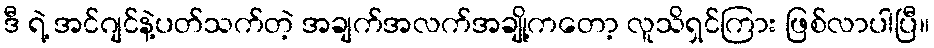
ဒီ ရဲ့ အင်ဂျင်နဲ့ပတ်သက်တဲ့ အချက်အလက်အချို့ကတော့ လူသိရှင်ကြား ဖြစ်လာပါပြီ။